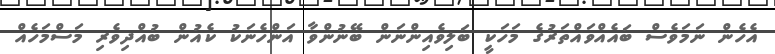
އެހެން ނަމަވެސް ބައެއްވައްތަރުގެ މަހަކީ ބަލިވެއިންނަން ބޭނުންވާ އަންހެނަކު ކެއުން ބުއްދިވެރި މަސްމަހެއް